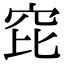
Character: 𥤻